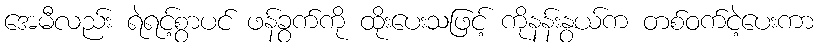
အေမီလည်း ရဲရင့်စွာပင် ဖန်ခွက်ကို ထိုးပေးသဖြင့် ကိုနန်းနွယ်က တစ်ဝက်ငဲ့ပေးကာ